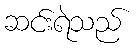
ဆင်းရဲသည်